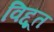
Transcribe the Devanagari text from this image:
विद्दूत